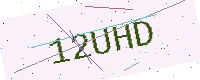
Text: 12UHD